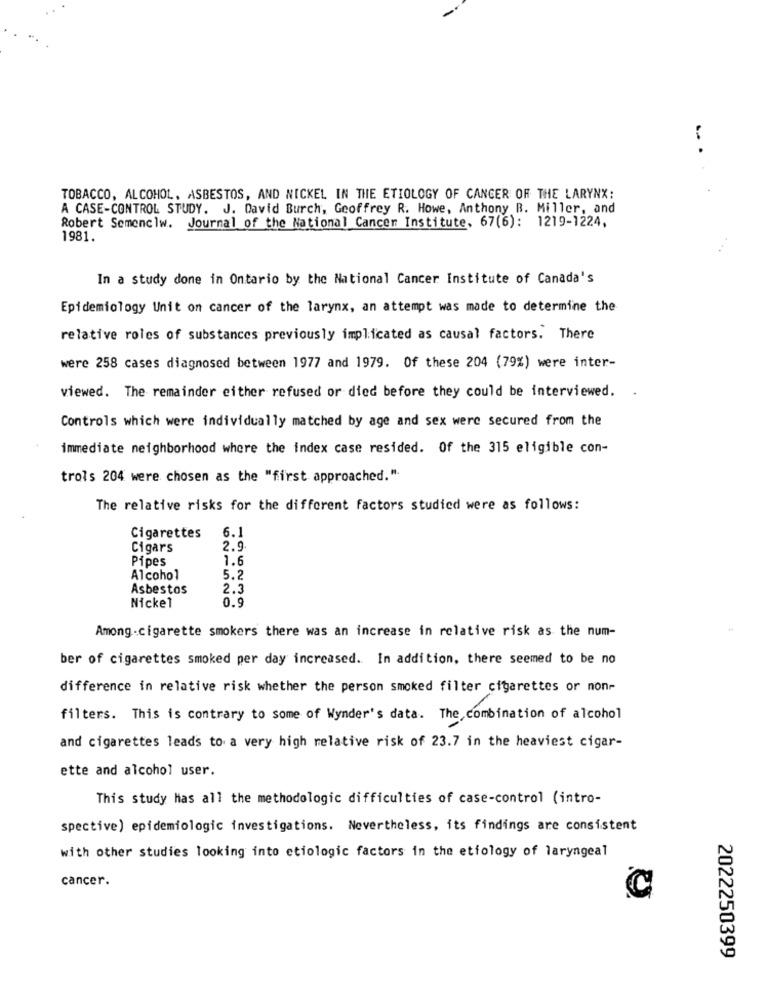
...
TOBACCO, ALCOHOL, ASBESTOS, AND NICKEL IN THE ETIOLOGY OF CANCER OF THE LARYNX:
A CASE-CONTROL STUDY. J. David Burch, Geoffrey R. Howe, Anthony B. Miller, and
Robert Semenclw. Journal of the National Cancer Institute, 67(6): 1219-1224,
1981.
In a study done in Ontario by the National Cancer Institute of Canada's
Epidemiology Unit on cancer of the larynx, an attempt was made to determine the
relative roles of substances previously implicated as causal factors. There
were 258 cases diagnosed between 1977 and 1979. Of these 204 (79%) were inter-
viewed. The remainder either refused or died before they could be interviewed.
Controls which were individually matched by age and sex were secured from the
immediate neighborhood where the index case resided. Of the 315 eligible con-
trois 204 were chosen as the "first approached.".
The relative risks for the different factors studied were as follows:
6.1
Cigarettes
Cigars
2.9
Pipes
1.6
Alcohol
5.2
Asbestos
2.3
Nickel
0.9
Among.cigarette smokers there was an increase in relative risk as the num-
ber of cigarettes smoked per day increased. In addition, there seemed to be no
difference in relative risk whether the person smoked filter cigarettes or non-
filters. This is contrary to some of Wynder's data. The combination of alcohol
and cigarettes leads to a very high relative risk of 23.7 in the heaviest cigar-
ette and alcohol user.
This study has all the methodologic difficulties of case-control (intro-
spective) epidemiologic investigations. Nevertheless, its findings are consistent
with other studies looking into etiologic factors in the etiology of laryngeal
cancer.
2022250399